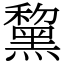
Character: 黧